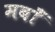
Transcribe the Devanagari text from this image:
मवाँ